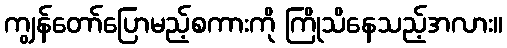
ကျွန်တော်ပြောမည့်စကားကို ကြိုသိနေသည့်အလား။